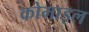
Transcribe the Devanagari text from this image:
कोमाइल